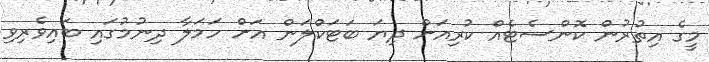
މީގެ އިތުރުން ކޮންސެޓެއް ކުރިއަށް ދިޔަ ބަޓަކްލަން އަށް ހަމަލާ ދިނުމުގައި ބައިވެރިވި